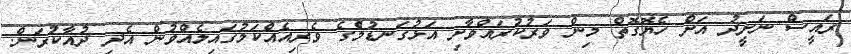
ރައީސް ނަށީދު އަށް ހެޔޮގޮތް މިން ވަރުކުރައްވާށި އަޅުގަނޑުމެްގެ ވެރިއެއްކަމުގައިލެއްވުން އެދި ދުއާކުރަން.